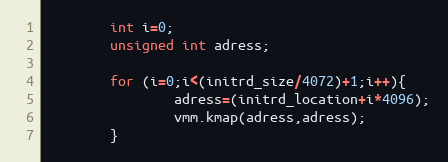
Language: C++
		int i=0;
		unsigned int adress;

		for (i=0;i<(initrd_size/4072)+1;i++){
				adress=(initrd_location+i*4096);
				vmm.kmap(adress,adress);
		}